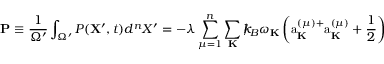
{ \bf P } \equiv \frac { 1 } { { \Omega } ^ { \prime } } \int _ { \Omega ^ { \prime } } P ( { \bf X ^ { \prime } } , t ) d ^ { n } X ^ { \prime } = - \lambda \sum _ { \mu = 1 } ^ { n } \sum _ { \bf K } { \slash \! \! \! k } _ { \! { B } } \omega _ { \bf K } \left( \mathrm { a } _ { \bf K } ^ { ( \mu ) + } \mathrm { a } _ { \bf K } ^ { ( \mu ) } + \frac { 1 } { 2 } \right)